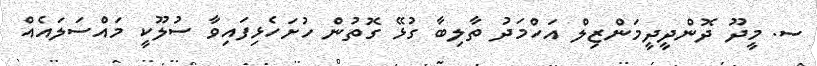
ސ. މީދޫ ދޮންދީދީމަންޒިލް އަހްމަދު ތާލިބާ ގުޅޭ ގޮތުން ހުށަހެޅިފައިވާ ސުލޫކީ މައްސަލައެއް